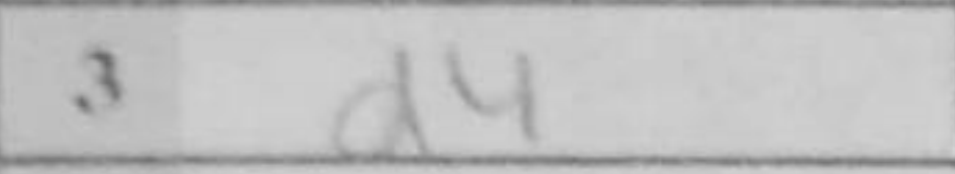
Transcription: d4